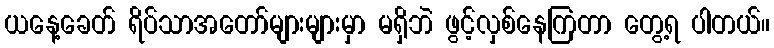
ယနေ့ခေတ် ရိပ်သာအတော်များများမှာ မရှိဘဲ ဖွင့်လှစ်နေကြတာ တွေ့ရ ပါတယ်။